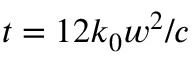
t = 1 2 k _ { 0 } w ^ { 2 } / c